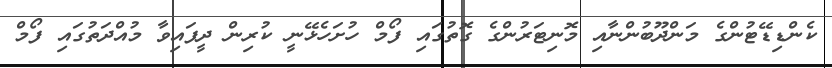
ކެންޑިޑޭޓުންގެ މަންދޫބުންނާއި މޮނިޓަރުންގެ ގޮތުގައި ފޯމް ހުށަހެޅޭނީ ކުރިން ދީފައިވާ މުއްދަތުގައި ފޯމް